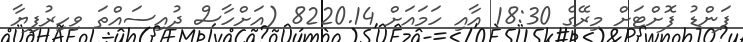
ފަންޑު ފޮށްޓަށް މިރޭގެ 18:30 އާއި ހަމައަށް 8220.14 (އަށްހާސް ދުއިސައްތަ ވިހިރުފިޔާ